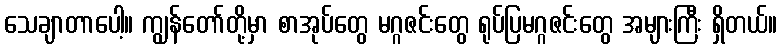
သေချာတာပေါ့။ ကျွန်တော်တို့မှာ စာအုပ်တွေ မဂ္ဂဇင်းတွေ ရုပ်ပြမဂ္ဂဇင်းတွေ အများကြီး ရှိတယ်။